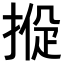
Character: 𢰑